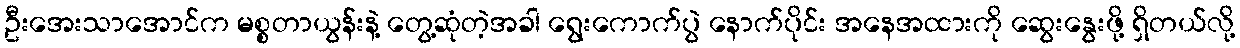
ဦးအေးသာအောင်က မစ္စတာယွန်းနဲ့ တွေ့ဆုံတဲ့အခါ ရွေးကောက်ပွဲ နောက်ပိုင်း အနေအထားကို ဆွေးနွေးဖို့ ရှိတယ်လို့